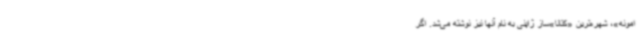
امونه»، شهره‌ترین «کتانا»ساز ژاپنی به نام آنها نیز نوشته می‌شد. اگر